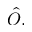
\hat { O } .